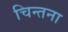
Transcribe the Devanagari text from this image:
चिन्तना